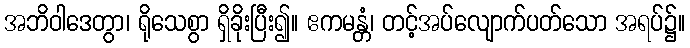
အဘိဝါဒေတွာ၊ ရိုသေစွာ ရှိခိုးပြီး၍။ ဧကမန္တံ၊ တင့်အပ်လျောက်ပတ်သော အရပ်၌။